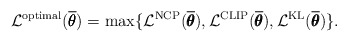
\begin{align*} \mathcal{L}^{\mathrm{optimal}}(\overline{\pmb{\theta}}) = \max\{\mathcal{L}^{\mathrm{NCP}}(\overline{\pmb{\theta}}), \mathcal{L}^{\mathrm{CLIP}}(\overline{\pmb{\theta}}), \mathcal{L}^{\mathrm{KL}}(\overline{\pmb{\theta}})\}.\end{align*}